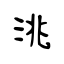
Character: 洮